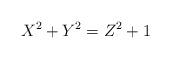
LaTeX: \begin{align*} X^2 + Y^2 = Z^2 + 1\end{align*}